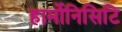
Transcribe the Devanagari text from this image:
हार्मोनिसिटि